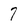
Character: 7